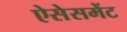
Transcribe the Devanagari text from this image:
ऐसेसमेंट